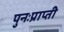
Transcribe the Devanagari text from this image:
पुनःप्राप्ती